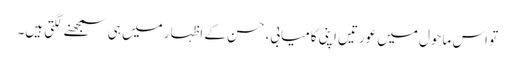
تو اس ماحول میں عورتیں اپنی کامیابی، حسن کے اظہار میں ہی سمجھنے لگتی ہیں۔